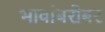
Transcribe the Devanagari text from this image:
भावांबरोबर